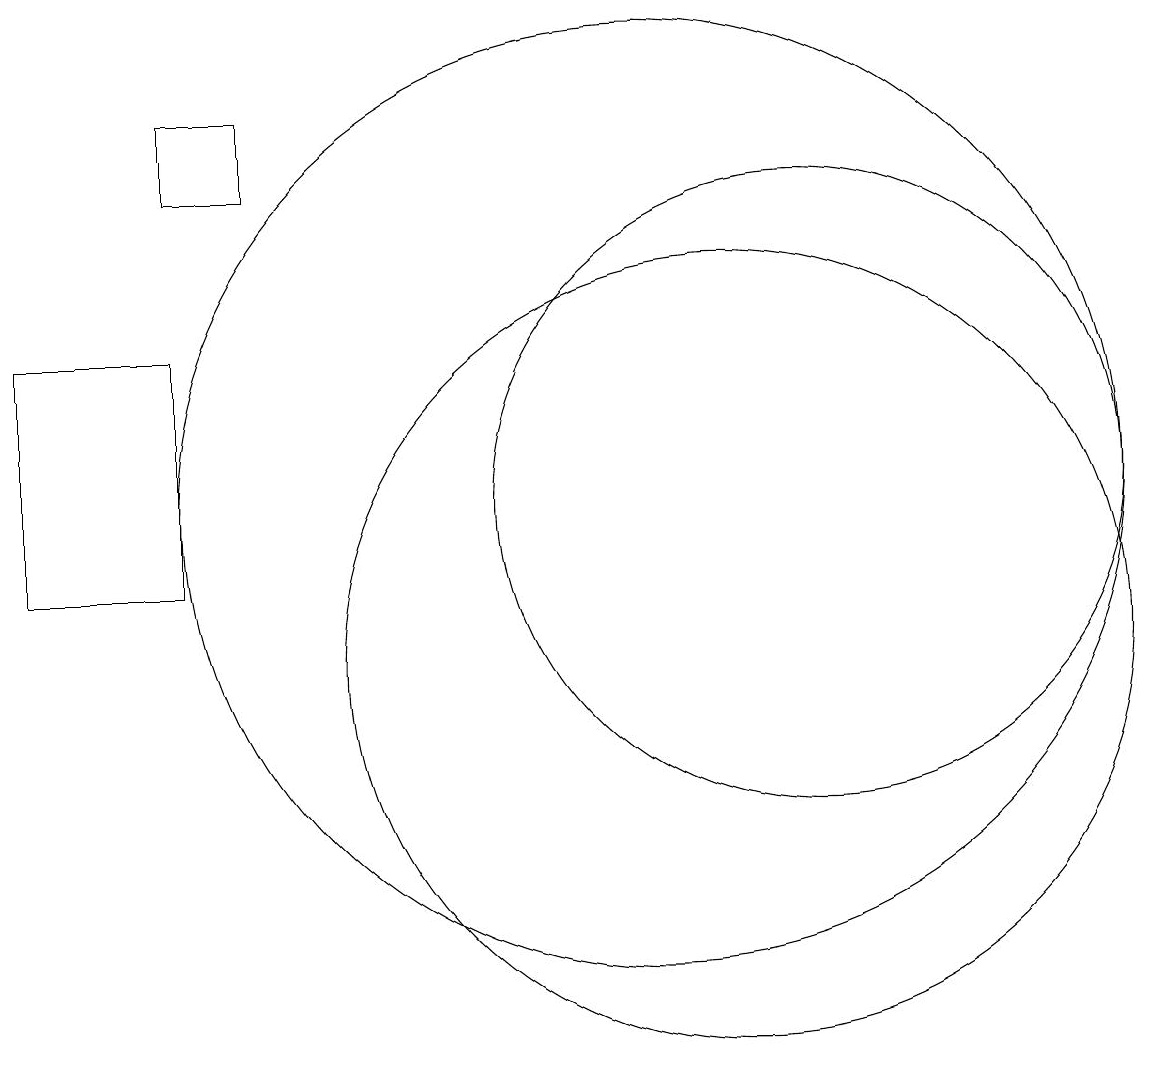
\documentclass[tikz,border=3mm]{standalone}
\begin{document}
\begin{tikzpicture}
\draw (10,12) circle (6);
\draw (11,10) circle (5);
\draw (4,16) rectangle (5,17);
\draw (4,11) rectangle (2,14);
\draw (12,12) circle (4);
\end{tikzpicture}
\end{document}